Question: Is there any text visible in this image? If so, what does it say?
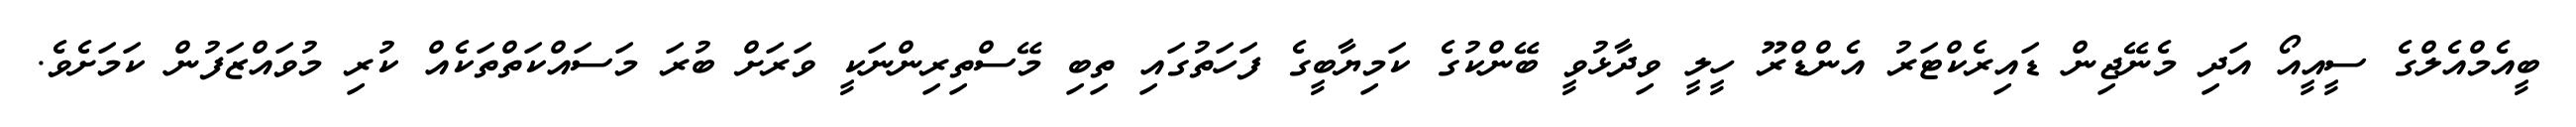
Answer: ބީއެމްއެލްގެ ސީއީއޯ އަދި މެނޭޖިން ޑައިރެކްޓަރު އެންޑްރޫ ހީލީ ވިދާޅުވީ ބޭންކުގެ ކަމިޔާބީގެ ފަހަތުގައި ތިބި މޭސްތިރިންނަކީ ވަރަށް ބުރަ މަސައްކަތްތަކެއް ކުރި މުވައްޒަފުން ކަމަށެވެ.